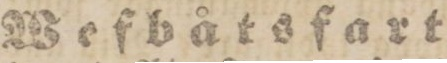
Wefbåtsfart